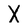
Character: X